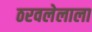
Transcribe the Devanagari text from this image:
ठरवलेलाला